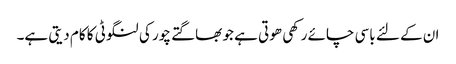
ان کے لئے باسی چائے رکھی ھوتی ہے جو بھاگتے چور کی لنگوٹی کا کام دیتی ہے۔